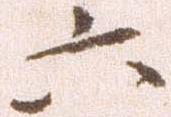
六